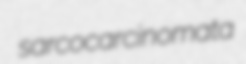
sarcocarcinomata